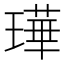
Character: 璍